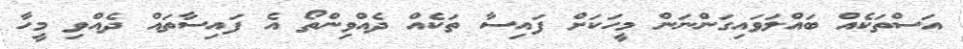
އަސްތަކެއް ބައްލަވައިގަންނަން މީހަކަށް ފައިސާ ތަކެއް ދެއްވިންތޯ އެ ފައިސާތައް ދެއްވި މީހާ